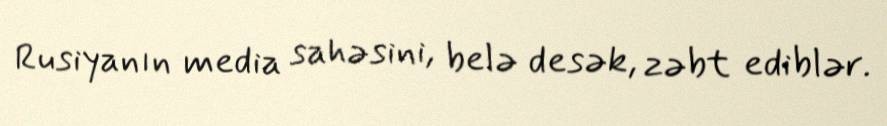
Rusiyanın media sahəsini, belə desək, zəbt ediblər.